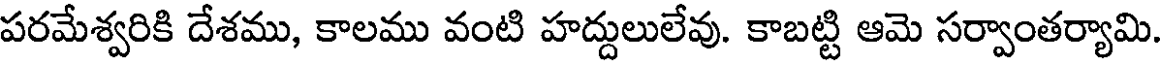
పరమేశ్వరికి దేశము, కాలము వంటి హద్దులులేవు. కాబట్టి ఆమె సర్వాంతర్యామి.